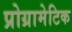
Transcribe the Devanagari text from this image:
प्रोग्रामेटिक